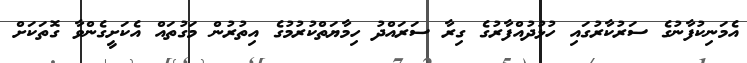
އެމަނިކުފާނުގެ ސަރުކާރުގައި ހުޅުދުއްފާރުގެ ގިރާ ސަރައްދު ހިމާޔަތްކުރުމުގެ އިތުރުން މަގުތައް އެކަށީގެންވާ ގޮތަކަށް